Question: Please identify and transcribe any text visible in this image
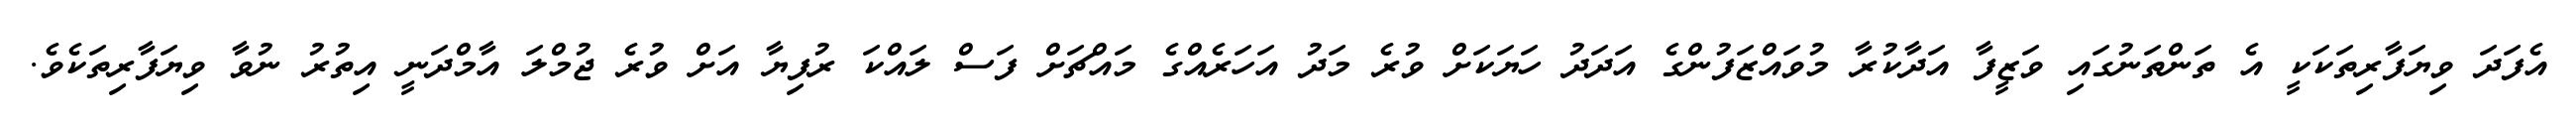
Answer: އެފަދަ ވިޔަފާރިތަކަކީ އެ ތަންތަނުގައި ވަޒީފާ އަދާކުރާ މުވައްޒަފުންގެ އަދަދު ހަޔަކަށް ވުރެ މަދު އަހަރެއްގެ މައްޗަށް ފަސް ލައްކަ ރުފިޔާ އަށް ވުރެ ޖުމްލަ އާމްދަނީ އިތުރު ނުވާ ވިޔަފާރިތަކެވެ.